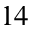
1 4